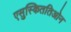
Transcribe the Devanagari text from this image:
एसुस्किततिओन